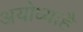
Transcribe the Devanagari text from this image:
अयोध्याहै